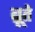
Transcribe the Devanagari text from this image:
ब्रूते